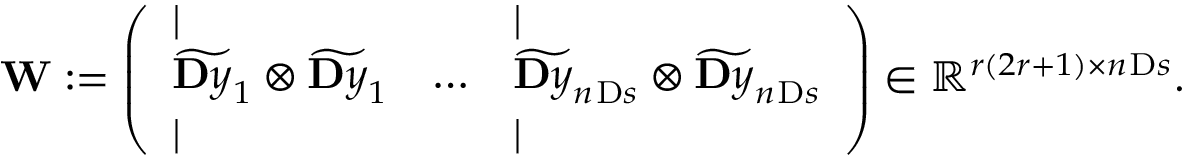
\mathbf { W } : = \left( \begin{array} { l l l } { | } & & { | } \\ { \widetilde { \ensuremath Ḋ \mathbf Ḋ y Ḍ Ḍ } _ { 1 } \otimes \widetilde { \ensuremath Ḋ \mathbf Ḋ y Ḍ Ḍ } _ { 1 } } & { \dots } & { \widetilde { \ensuremath Ḋ \mathbf Ḋ y Ḍ Ḍ } _ { n _ { Ḋ } \mathrm Ḋ s Ḍ Ḍ } \otimes \widetilde { \ensuremath Ḋ \mathbf Ḋ y Ḍ Ḍ } _ { n _ { Ḋ } \mathrm Ḋ s Ḍ Ḍ } } \\ { | } & & { | } \end{array} \right) \in \mathbb { R } ^ { r ( 2 r + 1 ) \times n _ { Ḋ } \mathrm Ḋ s Ḍ Ḍ } .